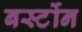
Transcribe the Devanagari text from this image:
बर्स्टोन